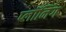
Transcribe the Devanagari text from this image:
प्लॉनिंग